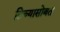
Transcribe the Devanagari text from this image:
तिच्यासोबत